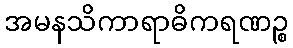
အမနသိကာရာဓိကရဏဉ္စ